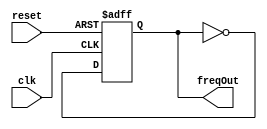
`timescale 1ns / 1ps
//////////////////////////////////////////////////////////////////////////////////
// Company: 
// Engineer: 
// 
// Design Name: 
// Module Name:    timer1 
// Project Name: 
// Target Devices: 
// Tool versions: 
// Description: 
//
// Dependencies: 
//
// Revision: 
// Revision 0.01 - File Created
// Additional Comments: 
//TON A
//////////////////////////////////////////////////////////////////////////////////
module timer1 #(parameter maxTimeValue = 113600) (
input clk,
input reset,
output reg freqOut
    );

integer TimerValue;

always @(posedge clk or posedge reset)
begin
 if (reset)
   TimerValue <= 0;
 else if (TimerValue < maxTimeValue)
   begin
	TimerValue <= TimerValue + 1'b1;
	end
 else
 TimerValue <= 26'd0;
end

always @(posedge clk or posedge reset)
begin
 if (reset)
   freqOut <= 1'b0;
 
 else
 begin
 if (TimerValue == maxTimeValue);
 freqOut <= ~freqOut;
end 
end




endmodule